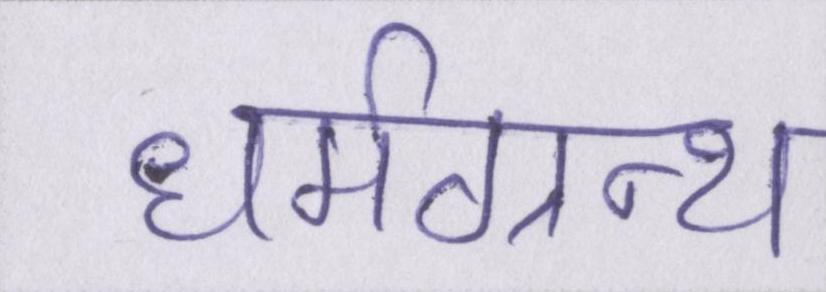
धर्मग्रन्थ